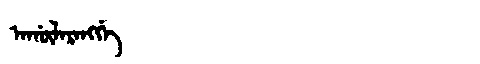
Manchu: ᠠᡤᡡᠯᠠᡵᠠᠩᡤᡝ
Romanization: AGŪLARANGGE